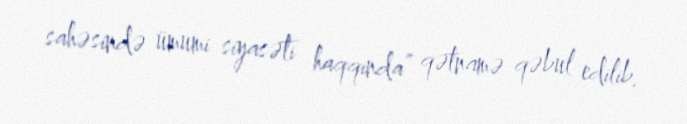
sahəsində ümumi siyasəti haqqında” qətnamə qəbul edilib.